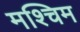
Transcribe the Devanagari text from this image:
मश्चिम